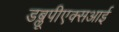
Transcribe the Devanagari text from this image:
डब्लूपीएक्सआई